Report on vaccination in Madras 1895-1903 - 1895-1903
Year: 1895
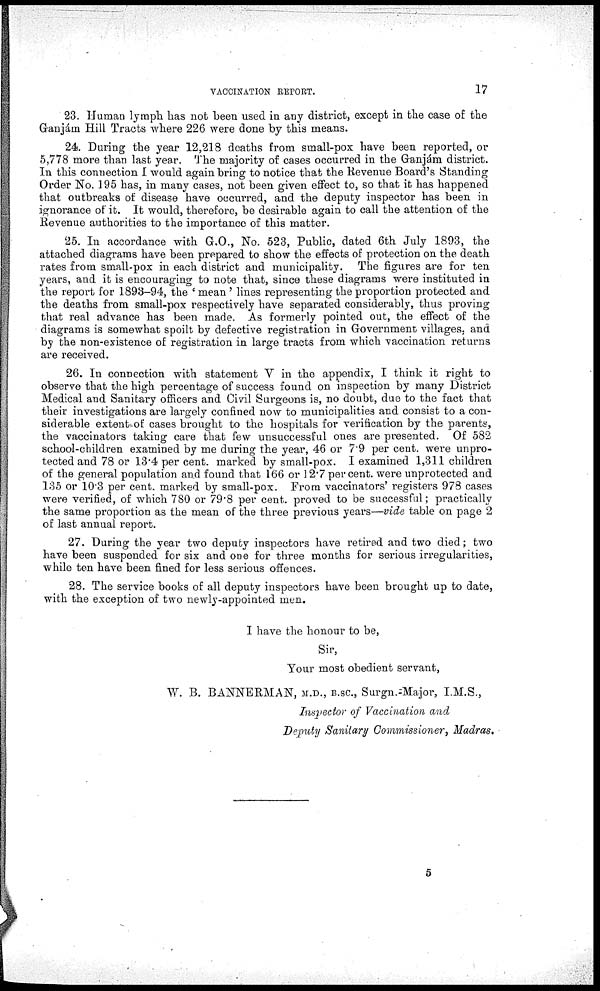
VACCINATION REPORT.
17
23. Human lymph has not been used in any district, except in the case of the
Ganjám Hill Tracts where 226 were done by this means.
24. During the year 12,218 deaths from small-pox have been reported, or
5,778 more than last year. The majority of cases occurred in the Ganjám district.
In this connection I would again bring to notice that the Revenue Board's Standing
Order No. 195 has, in many cases, not been given effect to, so that it has happened
that outbreaks of disease have occurred, and the deputy inspector has been in
ignorance of it. It would, therefore, be desirable again to call the attention of the
Revenue authorities to the importance of this matter.
25. In accordance with G.O., No. 523, Public, dated 6th July 1893, the
attached diagrams have been prepared to show the effects of protection on the death
rates from small-pox in each district and municipality. The figures are for ten
years, and it is encouraging to note that, since these diagrams were instituted in
the report for 1893-94, the ' mean ' lines representing the proportion protected and
the deaths from small-pox respectively have separated considerably, thus proving
that real advance has been made. As formerly pointed out, the effect of the
diagrams is somewhat spoilt by defective registration in Government villages, and
by the non-existence of registration in large tracts from which vaccination returns
are received.
26. In connection with statement V in the appendix, I think it right to
observe that the high percentage of success found on inspection by many District
Medical and Sanitary officers and Civil Surgeons is, no doubt, due to the fact that
their investigations are largely confined now to municipalities and consist to a con-
siderable extent of cases brought to the hospitals for verification by the parents,
the vaccinators taking care that few unsuccessful ones are presented. Of 582
school-children examined by me during the year, 46 or 7.9 per cent. were unpro-
tected and 78 or 13.4 per cent. marked by small-pox. I examined 1,311 children
of the general population and found that 166 or 12.7 per cent. were unprotected and
135 or 10.3 per cent. marked by small-pox. From vaccinators' registers 978 cases
were verified, of which 780 or 79.8 per cent. proved to be successful; practically
the same proportion as the mean of the three previous years—vide table on page 2
of last annual report.
27. During the year two deputy inspectors have retired and two died; two
have been suspended for six and one for three months for serious irregularities,
while ten have been fined for less serious offences.
28. The service books of all deputy inspectors have been brought up to date,
with the exception of two newly-appointed men.
I have the honour to be,
Sir,
Your most obedient servant,
W. B. BANNERMAN, M.D., B.SC., Surgn.-Major, I.M.S.,
Inspector of Vaccination and
Deputy Sanitary Commissioner, Madras.
5